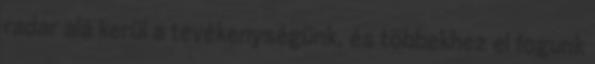
radar alá kerül a tevékenységünk, és többekhez el fogunk